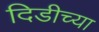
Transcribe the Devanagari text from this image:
दिडीच्या